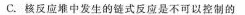
C.核反应堆中发生的链式反应是不可以控制的